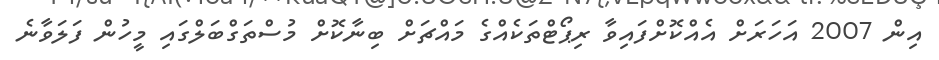
އިން 2007 އަހަރަށް އެއްކޮށްފައިވާ ރިޕޯޓްތަކެއްގެ މައްޗަށް ބިނާކޮށް މުސްތަގްބަލްގައި މީހުން ފަލަވާނެ